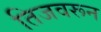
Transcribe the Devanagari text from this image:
तिजवरून